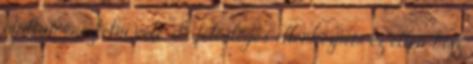
nyíltan éreztetni vele, de felesleges ellenkeznem ez ellen, hisz